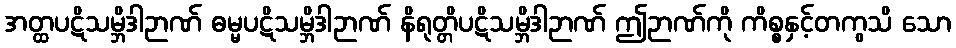
အတ္ထပဋိသမ္ဘိဒါဉာဏ် ဓမ္မပဋိသမ္ဘိဒါဉာဏ် နိရုတ္တိပဋိသမ္ဘိဒါဉာဏ် ဤဉာဏ်ကို ကိစ္စနှင့်တကွသိ သော